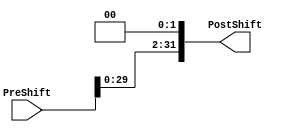
module ShiftLeft2(PostShift,PreShift);
input [31:0] PreShift;
output [31:0] PostShift;

/*always @ (PreShift)
begin
	PostShift = PreShift << 2;
end*/

assign PostShift = PreShift << 2;

endmodule